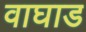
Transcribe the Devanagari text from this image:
वाघाड